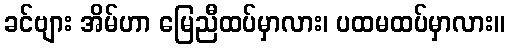
ခင်ဗျား အိမ်ဟာ မြေညီထပ်မှာလား၊ ပထမထပ်မှာလား။